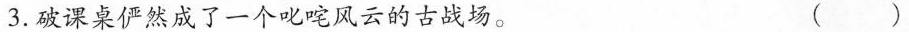
3.破课桌俨然成了一个叱咤风云的古战场。 ( )